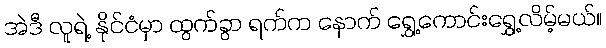
အဲဒီ လူရဲ့ နိုင်ငံမှာ ထွက်ခွာ ရက်က နောက် ရွှေ့ကောင်းရွှေ့လိမ့်မယ်။